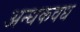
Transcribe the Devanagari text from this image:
अन्धकवध